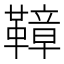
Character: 𩌬